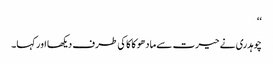
‘‘
چوہدری نے حیرت سے مادھو کاکا کی طرف دیکھا اور کہا۔